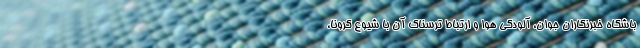
باشگاه خبرنگاران جوان، آلودگی هوا و ارتباط ترسناک آن با شیوع کرونا،